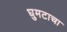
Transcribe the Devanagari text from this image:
घुमटाचा